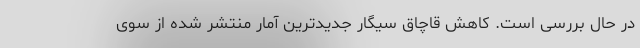
در حال بررسی است. کاهش قاچاق سیگار جدیدترین آمار منتشر شده از سوی